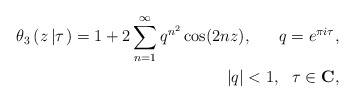
\begin{align*}\theta_3 \left(z\left|\tau\right.\right) = 1 + 2 \sum_{n=1}^{\infty} q^{n^2} \cos (2nz), \ \ \ \ \ q=e^{\pi i \tau}, \\ |q| <1, \ \ \tau \in \mbox{\bf C}, \end{align*}